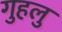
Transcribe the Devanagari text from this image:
गुहलु